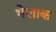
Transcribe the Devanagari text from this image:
भेलाक